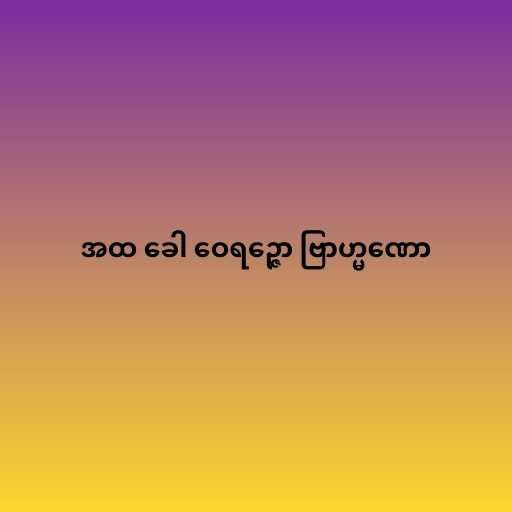
အထ ခေါ ဝေရဉ္ဇော ဗြာဟ္မဏော